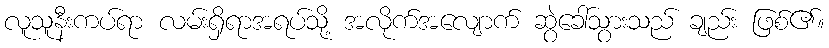
လူသူနီးကပ်ရာ လမ်းရှိရာအရပ်သို့ အလိုက်အလျောက် ဆွဲခေါ်သွားသည် ချည်း ဖြစ်၏။